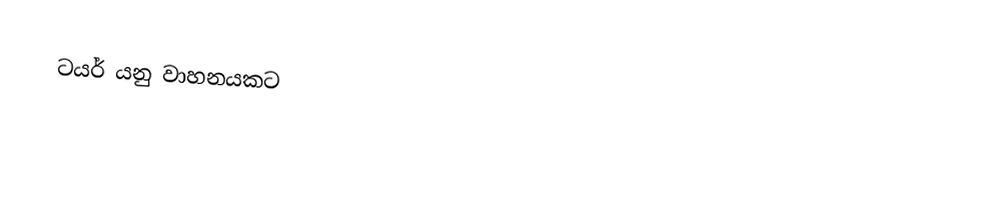
ටයර් යනු වාහනයකට